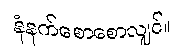
နံနက်စောစောလျှင်။